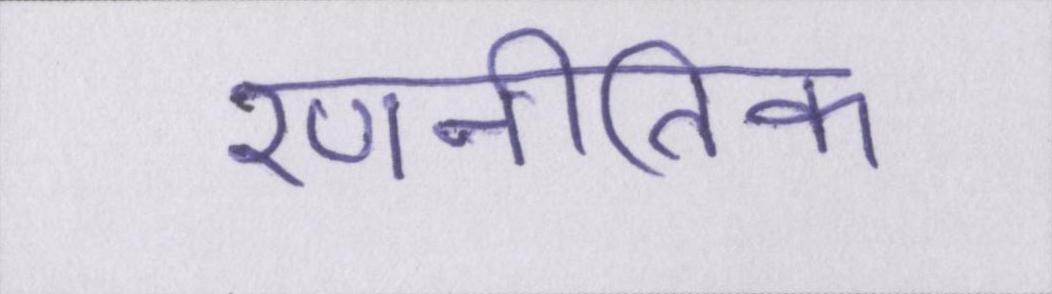
रणनीतिक